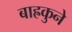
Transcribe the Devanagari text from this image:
बाह्रकुने